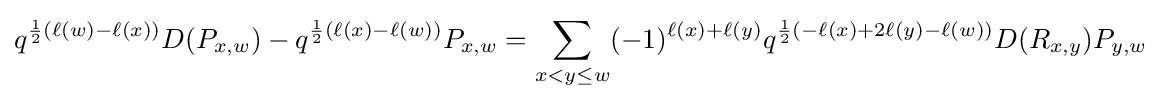
q^{{\frac {1}{2}}(\ell (w)-\ell (x))}D(P_{x,w})-q^{{\frac {1}{2}}(\ell (x)-\ell (w))}P_{x,w}=\sum _{x<y\leq w}(-1)^{\ell (x)+\ell (y)}q^{{\frac {1}{2}}(-\ell (x)+2\ell (y)-\ell (w))}D(R_{x,y})P_{y,w}